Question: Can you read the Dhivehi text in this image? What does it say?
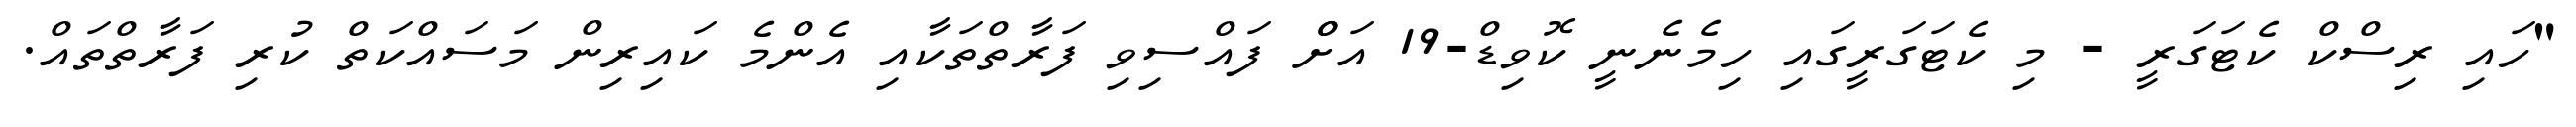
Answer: "ހައި ރިސްކް ކެޓަގަރީ - މި ކެޓަގަރީގައި ހިމެނެނީ ކޮވިޑް-19 އަށްް ފައްސިވި ފަރާތްތަކާއި އެންމެ ކައިރިން މަސައްކަތް ކުރި ފަރާތްތައް.